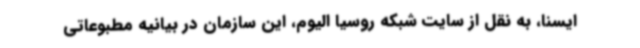
ایسنا، به نقل از سایت شبکه روسیا الیوم، این سازمان در بیانیه مطبوعاتی